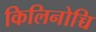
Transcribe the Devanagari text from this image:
किलिनोच्चि